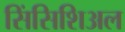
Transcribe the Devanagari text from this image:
सिंसिशिअल